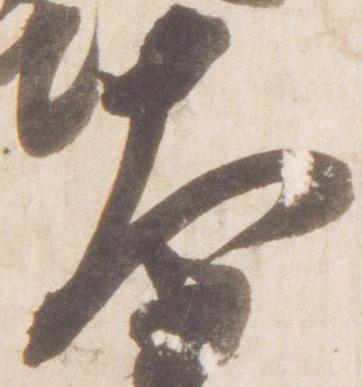
大